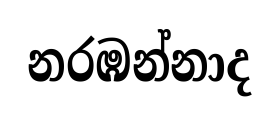
නරඹන්නාද